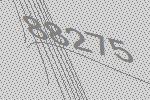
88275